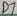
Text: D7